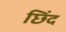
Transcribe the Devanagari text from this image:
छिंद